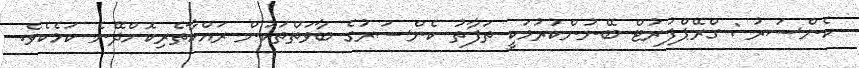
ކެންސަރު : ގްރޭޕްފުރުޓް ބޭނުންކުރުމަކީ ތަފާތު ކެންސަރުގެ ބާވަތްތަކުން ރައްކާތެރިކޮށްދޭނެ ކަމެކެވެ.